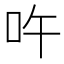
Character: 吘